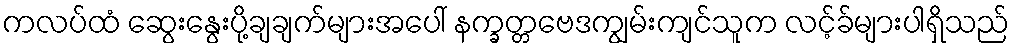
ကလပ်ထံ ဆွေးနွေးပို့ချချက်များအပေါ် နက္ခတ္တဗေဒကျွမ်းကျင်သူက လင့်ခ်များပါရှိသည်